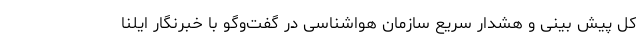
کل پیش بینی و هشدار سریع سازمان هواشناسی در گفت‌وگو با خبرنگار ایلنا